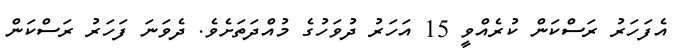
އެފަހަރު ރަސްކަން ކުރެއްވީ 15 އަހަރު ދުވަހުގެ މުއްދަތަށެވެ. ދެވަނަ ފަހަރު ރަސްކަން